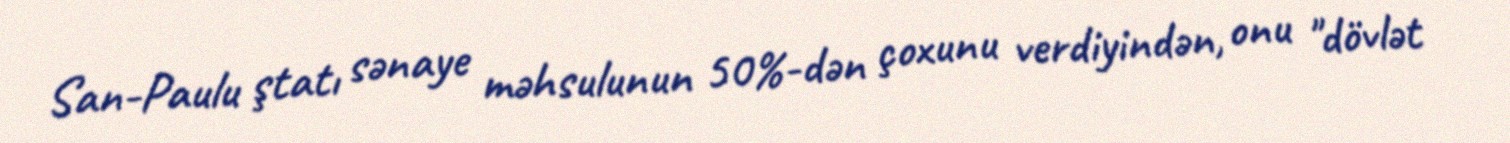
San-Paulu ştatı sənaye məhsulunun 50%-dən çoxunu verdiyindən, onu "dövlət